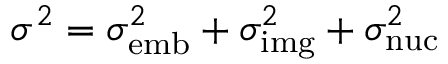
\sigma ^ { 2 } = \sigma _ { \mathrm { e m b } } ^ { 2 } + \sigma _ { \mathrm { i m g } } ^ { 2 } + \sigma _ { \mathrm { n u c } } ^ { 2 }